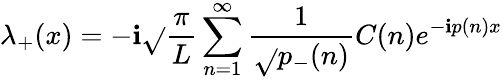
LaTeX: \lambda_{+}(x)=-\mathbf{i}\sqrt{}{{{\frac{{\pi}}{{L}}}}}\sum_{n=1}^{\infty}{\frac{{1}}{{\sqrt{}{{p_{-}(n)}}}}}C(n)e^{-\mathbf{i}p(n)x}